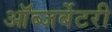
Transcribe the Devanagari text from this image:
ऑब्जर्बेटरी